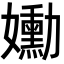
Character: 𡤂